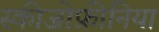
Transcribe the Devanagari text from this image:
स्‍कीजोफ्रीनिया